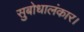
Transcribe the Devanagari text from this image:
सुबोधालंकार।